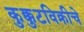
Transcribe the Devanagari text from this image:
कुक्कुटविक्रीचे